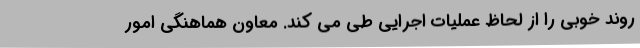
روند خوبی را از لحاظ عملیات اجرایی طی می‌ کند. معاون هماهنگی امور